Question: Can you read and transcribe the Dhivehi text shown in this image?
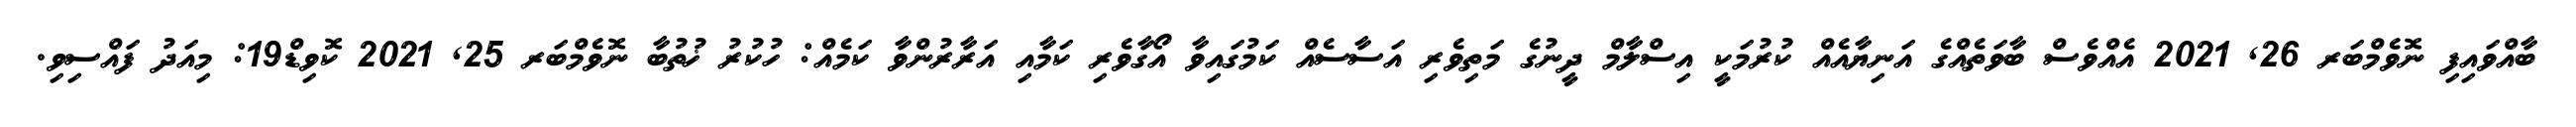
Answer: ބާއްވައިފި ނޮވެމްބަރ 26, 2021 އެއްވެސް ބާވަތެއްގެ އަނިޔާއެއް ކުރުމަކީ އިސްލާމް ދީނުގެ މަތިވެރި އަސާސެއް ކަމުގައިވާ އޯގާވެރި ކަމާއި އަރާރުންވާ ކަމެއް: ހުކުރު ޚުތުބާ ނޮވެމްބަރ 25, 2021 ކޮވިޑް19: މިއަދު ފައްސިވި.